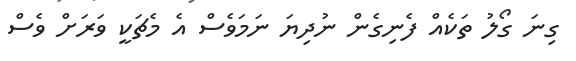
ގިނަ ގޯލު ތަކެއް ފެނިގެން ނުދިޔަ ނަމަވެސް އެ މެޗަކީ ވަރަށް ވެސް